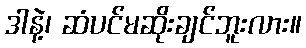
ဒါနဲ့၊ ဆံပင်မဆိုးချင်ဘူးလား။